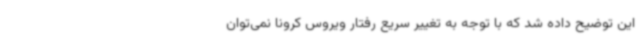
این توضیح داده شد که با توجه به تغییر سریع رفتار ویروس کرونا نمی‌توان